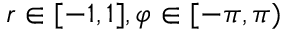
r \in [ - 1 , 1 ] , \varphi \in [ - \pi , \pi )